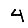
Digit: 4